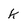
Character: k